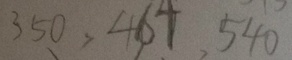
3 5 0 , 4 6 4 , 5 4 0